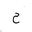
Letter: _ha